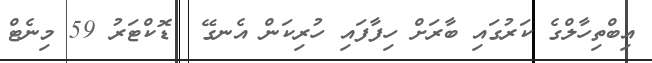
އިބްތިހާލްގެ ކަރުގައި ބާރަށް ހިފާފައި ހުރިކަން އެނގޭ  ޑޮކްޓަރު 59 މިނެޓް